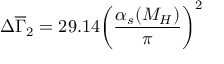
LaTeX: \Delta \overline { { { \Gamma } } } _ { 2 } = 2 9 . 1 4 \bigg ( \frac { \alpha _ { s } ( M _ { H } ) } { \pi } \bigg ) ^ { 2 }